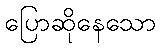
ပြောဆိုနေသော